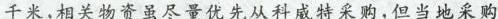
千米，相关物资虽尽量优先从科威特采购，但当地采购